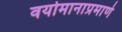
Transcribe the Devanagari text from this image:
वयोमानाप्रमाणे